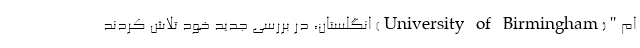
ام"(University of Birmingham) انگلستان، در بررسی جدید خود تلاش کردند